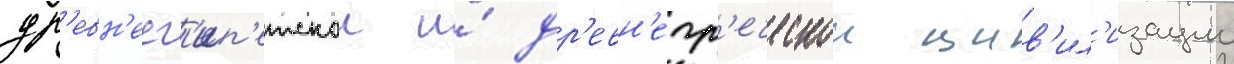
др'евн'еег'ип'етскои и́ др'евн'егр'еческои цив'ил'изации